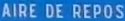
AIRE DE REPOS